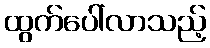
ထွက်ပေါ်လာသည့်